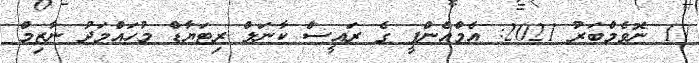
17 ނޮވެމްބަރު 2021: އެމްއެންޕީ ގެ ރައީސް ކާނަލް ރިޓަޔާޑް މުހައްމަދު ނާޒިމް